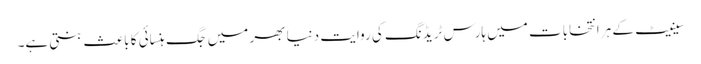
سینیٹ کے ہر انتخابات میں ہارس ٹریڈنگ کی روایت دنیا بھر میں جگ ہنسائی کا باعث بنتی ہے۔